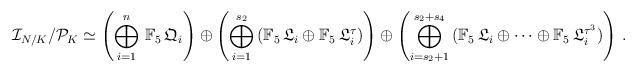
LaTeX: \begin{align*}\mathcal{I}_{N/K}/\mathcal{P}_K\simeq\left(\bigoplus_{i=1}^{n}\,\mathbb{F}_5\,\mathfrak{Q}_i\right)\oplus\left(\bigoplus_{i=1}^{s_2}\,(\mathbb{F}_5\,\mathfrak{L}_i\oplus\mathbb{F}_5\,\mathfrak{L}_i^{\tau})\right)\oplus\left(\bigoplus_{i=s_2+1}^{s_2+s_4}\,(\mathbb{F}_5\,\mathfrak{L}_i\oplus\cdots\oplus\mathbb{F}_5\,\mathfrak{L}_i^{\tau^3})\right)\,.\end{align*}